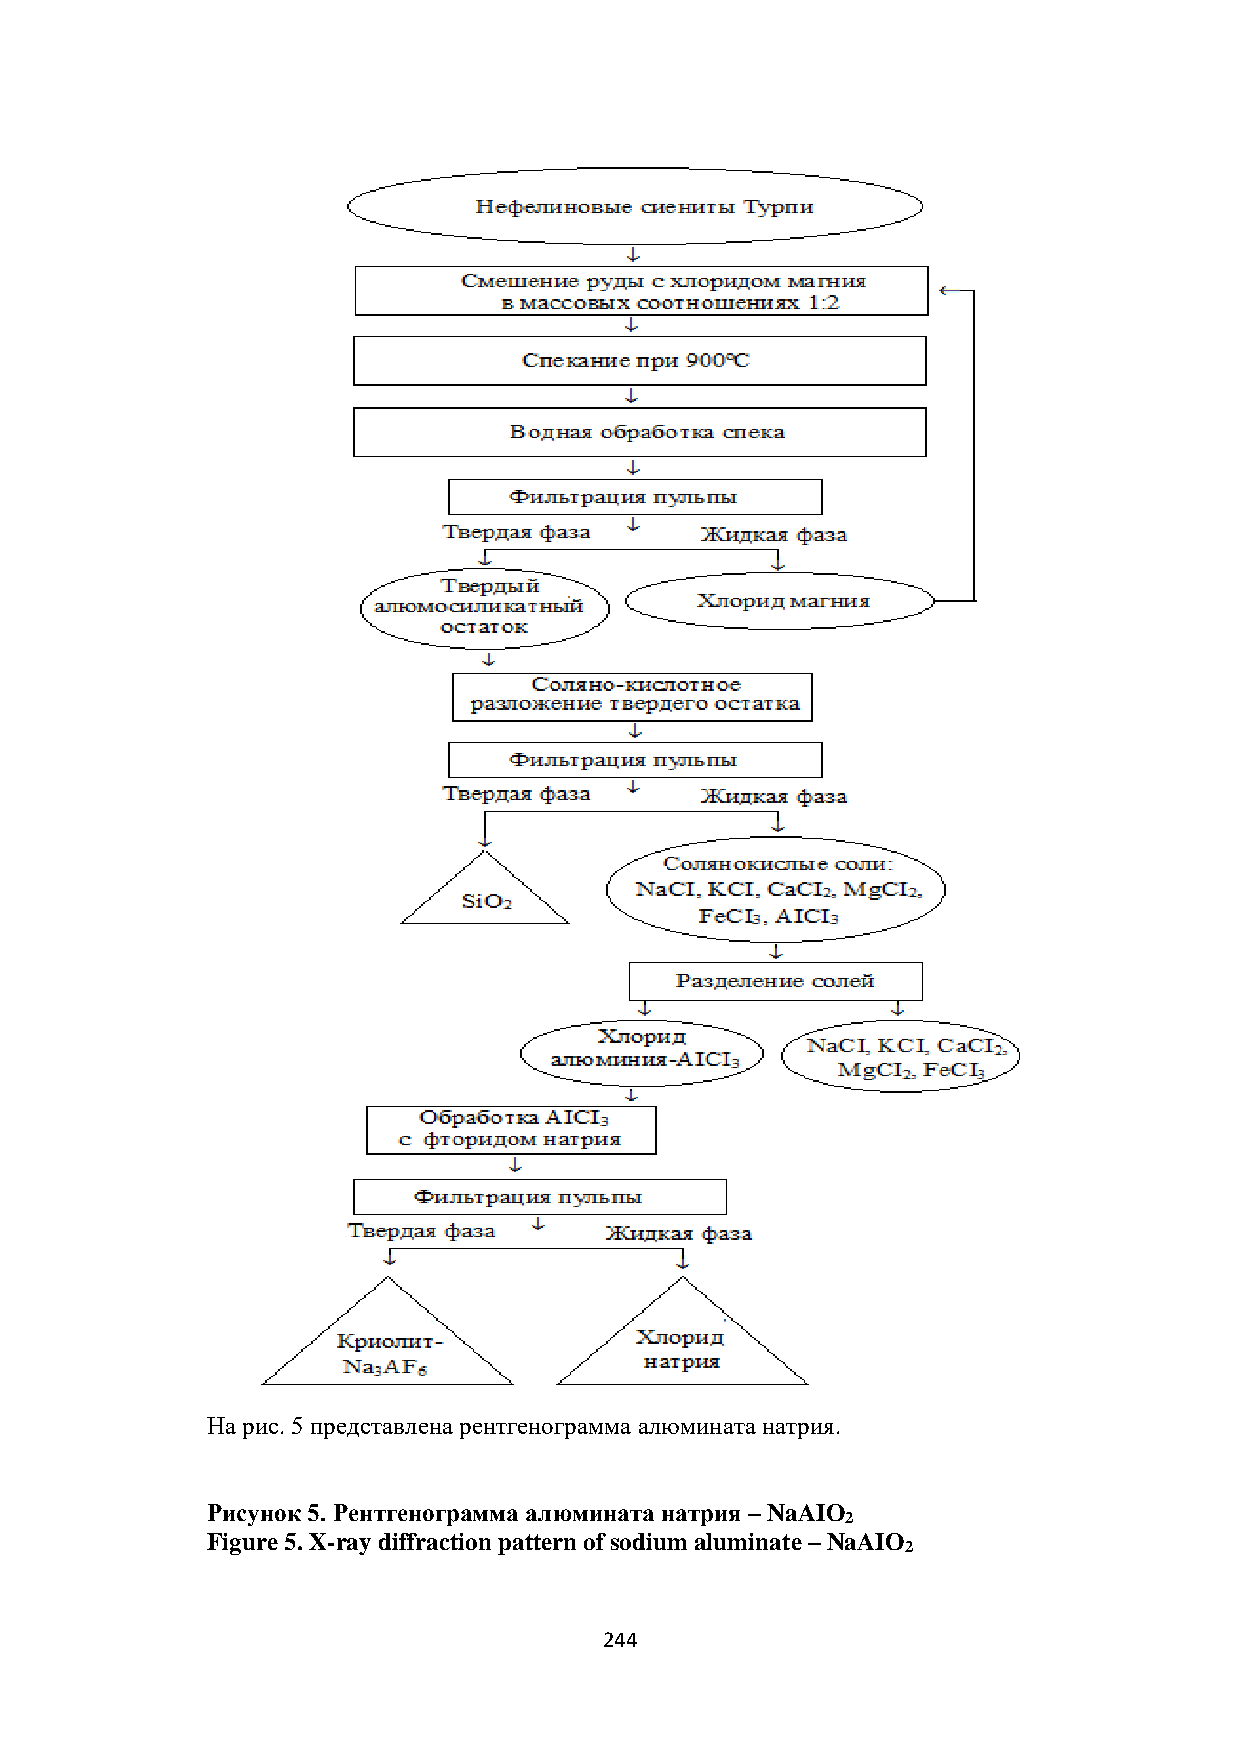
На рис. 5 представлена рентгенограмма алюмината натрия.
 Рисунок 5. Рентгенограмма алюмината натрия – NaAIO
 2
 Figure 5. X-ray diffraction pattern of sodium aluminate – NaAIO
 2
 244